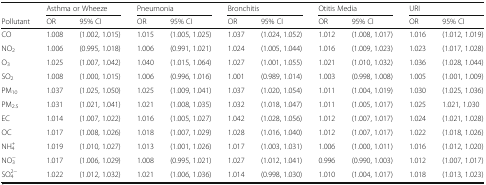
<table><thead><tr><td></td><td colspan="2"><b>Asthma or Wheeze</b></td><td colspan="2"><b>Pneumonia</b></td><td colspan="2"><b>Bronchitis</b></td><td colspan="2"><b>Otitis Media</b></td><td colspan="2"><b>URI</b></td></tr><tr><td><b>Pollutant</b></td><td><b>OR</b></td><td><b>95% CI</b></td><td><b>OR</b></td><td><b>95% CI</b></td><td><b>OR</b></td><td><b>95% CI</b></td><td><b>OR</b></td><td><b>95% CI</b></td><td><b>OR</b></td><td><b>95% CI</b></td></tr></thead><tbody><tr><td>CO</td><td>1.008</td><td>(1.002, 1.015)</td><td>1.015</td><td>(1.005, 1.025)</td><td>1.037</td><td>(1.024, 1.052)</td><td>1.012</td><td>(1.008, 1.017)</td><td>1.016</td><td>(1.012, 1.019)</td></tr><tr><td>NO<sub>2</sub></td><td>1.006</td><td>(0.995, 1.018)</td><td>1.006</td><td>(0.991, 1.021)</td><td>1.024</td><td>(1.005, 1.044)</td><td>1.016</td><td>(1.009, 1.023)</td><td>1.023</td><td>(1.017, 1.028)</td></tr><tr><td>O<sub>3</sub></td><td>1.025</td><td>(1.007, 1.042)</td><td>1.040</td><td>(1.015, 1.064)</td><td>1.027</td><td>(1.001, 1.055)</td><td>1.021</td><td>(1.010, 1.032)</td><td>1.036</td><td>(1.028, 1.044)</td></tr><tr><td>SO<sub>2</sub></td><td>1.008</td><td>(1.000, 1.015)</td><td>1.006</td><td>(0.996, 1.016)</td><td>1.001</td><td>(0.989, 1.014)</td><td>1.003</td><td>(0.998, 1.008)</td><td>1.005</td><td>(1.001, 1.009)</td></tr><tr><td>PM<sub>10</sub></td><td>1.037</td><td>(1.025, 1.050)</td><td>1.025</td><td>(1.009, 1.041)</td><td>1.037</td><td>(1.020, 1.054)</td><td>1.011</td><td>(1.004, 1.019)</td><td>1.030</td><td>(1.025, 1.036)</td></tr><tr><td>PM<sub>2.5</sub></td><td>1.031</td><td>(1.021, 1.041)</td><td>1.021</td><td>(1.008, 1.035)</td><td>1.032</td><td>(1.018, 1.047)</td><td>1.011</td><td>(1.005, 1.017)</td><td>1.025</td><td>1.021, 1.030</td></tr><tr><td>EC</td><td>1.014</td><td>(1.007, 1.022)</td><td>1.016</td><td>(1.005, 1.027)</td><td>1.042</td><td>(1.028, 1.056)</td><td>1.012</td><td>(1.007, 1.017)</td><td>1.024</td><td>(1.021, 1.028)</td></tr><tr><td>OC</td><td>1.017</td><td>(1.008, 1.026)</td><td>1.018</td><td>(1.007, 1.029)</td><td>1.028</td><td>(1.016, 1.040)</td><td>1.012</td><td>(1.007, 1.017)</td><td>1.022</td><td>(1.018, 1.026)</td></tr><tr><td>NH<sub>4</sub><sup>+</sup></td><td>1.019</td><td>(1.010, 1.027)</td><td>1.013</td><td>(1.001, 1.026)</td><td>1.017</td><td>(1.003, 1.031)</td><td>1.006</td><td>(1.000, 1.011)</td><td>1.016</td><td>(1.012, 1.020)</td></tr><tr><td>NO<sub>3</sub><sup>−</sup></td><td>1.017</td><td>(1.006, 1.029)</td><td>1.008</td><td>(0.995, 1.021)</td><td>1.027</td><td>(1.012, 1.041)</td><td>0.996</td><td>(0.990, 1.003)</td><td>1.012</td><td>(1.007, 1.017)</td></tr><tr><td>SO<sub>4</sub><sup>2−</sup></td><td>1.022</td><td>(1.012, 1.032)</td><td>1.021</td><td>(1.006, 1.036)</td><td>1.014</td><td>(0.998, 1.030)</td><td>1.010</td><td>(1.004, 1.017)</td><td>1.018</td><td>(1.013, 1.023)</td></tr></tbody></table>